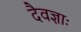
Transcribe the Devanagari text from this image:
दैवज्ञाः